Report on lock hospitals in British Burma
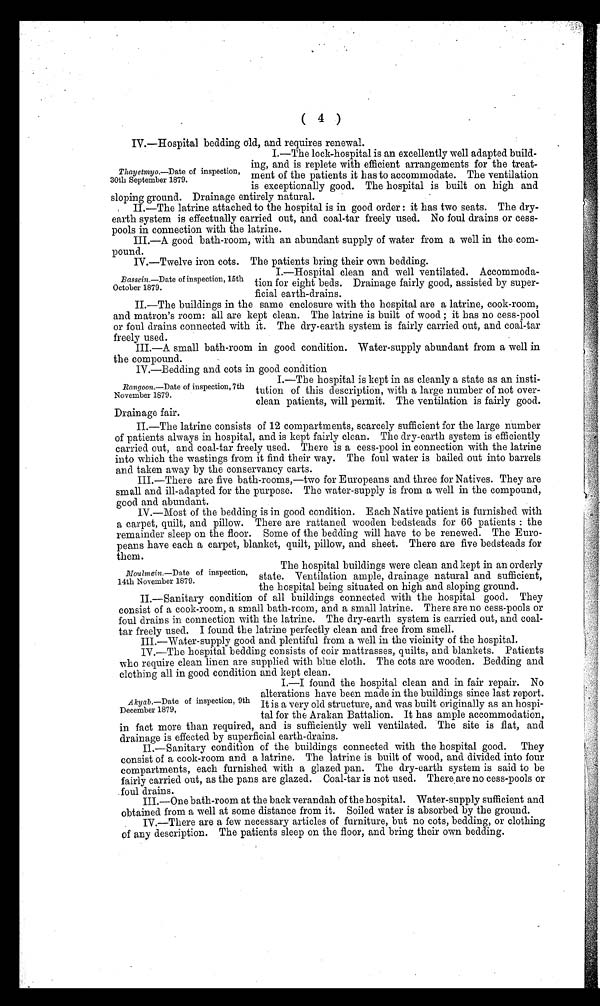
Rangoon.—Date of inspection, 7th
November 1879.
Drainage fair.
( 4 )
IV.—Hospital bedding old, and requires renewal.
I.—The lock-hospital is an excellently well adapted build-
ing, and is replete with efficient arrangements for the treat
ment of the patients it has to accommodate. The ventilation
is exceptionally good. The hospital is built on high and
sloping ground. Drainage entirely natural.
II.—The latrine attached to the hospital is in good order : it has two seats. The dry-
earth system is effectually carried out, and coal-tar freely used. No foul drains or cess
pools in connection with the latrine.
III.—A good bath-room, with an abundant supply of water from a well in the com
pound.
IV.—Twelve iron cots. The patients bring their own bedding.
I.—Hospital clean and well ventilated. Accommoda
tion for eight beds. Drainage fairly good, assisted by super
ficial earth-drains.
II.—The buildings in the same enclosure with the hospital are a latrine, cook-room,
and matron's room: all are kept clean. The latrine is built of wood ; it has no cess-pool
or foul drains connected with it. The dry-earth system is fairly carried out, and coal-tar
freely used.
III.—A small bath-room in good condition. Water-supply abundant from a well in
the compound.
IV.—Bedding and cots in good condition
I.—The hospital is kept in as cleanly a state as an insti
tution of this description, with a large number of not over-
clean patients, will permit. The ventilation is fairly good.
II—The latrine consists of 12 compartments, scarcely sufficient for the large number
of patients always in hospital, and is kept fairly clean. The dry-earth system is efficiently
carried out, and coal-tar freely used. There is a cess-pool in connection with the latrine
into which the wastings from it find their way. The foul water is bailed out into barrels
and taken away by the conservancy carts.
III.—There are five bath-rooms,—two for Europeans and three for Natives. They are
small and ill-adapted for the purpose. The water-supply is from a well in the compound,
good and abundant.
IV.—Most of the bedding is in good condition. Each Native patient is furnished will:
a carpet, quilt, and pillow. There are rattaned wooden bedsteads for 66 patients : the
remainder sleep on the floor. Some of the bedding will have to be renewed. The Euro
peans have each a carpet, blanket, quilt, pillow, and sheet. There are five bedsteads for
them.
The hospital buildings were clean and kept in an orderly
state. Ventilation ample, drainage natural and sufficient,
the hospital being situated on high and sloping ground.
II.—Sanitary condition of all buildings connected with the hospital good. They
consist of a cook-room, a small bath-room, and a small latrine. There are no cess-pools or
foul drains in connection with the latrine. The dry-earth system is carried out, and coal-
tar freely used. I found the latrine perfectly clean and free from smell.
III.—Water-supply good and plentiful from a well in the vicinity of the hospital.
IV.—The hospital bedding consists of coir mattrasses, quilts, and blankets. Patients
who require clean linen are supplied with blue cloth. The cots are wooden. Bedding and
clothin g all in good condition and kept clean.
I.—I found the hospital clean and in fair repair. No
alterations have been made in the buildings since last report.
It is a very old structure, and was built originally as an hospi
tal for the Arakan Battalion. It has ample accommodation,
in fact more than required, and is sufficiently well ventilated. The site is flat, and
drainage is effected by superficial earth-drains.
II—Sanitary condition of the buildings connected with the hospital good. They
consist of a cook-room and a latrine. The latrine is built of wood, and divided into four
compartments, each furnished with a glazed pan. The dry-earth system is said to be
fairly carried out, as the pans are glazed. Coal-tar is not used. There are no cess-pools or
.foul drains.
III.—One bath-room at the back verandah of the hospital. Water-supply sufficient and
obtained from a well at some distance from it. Soiled water is absorbed by the ground.
IV.—There are a few necessary articles of furniture, but no cots, bedding, or clothing
of any description. The patients sleep on the floor, and bring their own bedding.
Thayetmyo.—Date of inspection,
30th September 1879.
Bassein.—Date of inspection, 15th
October 1879.
Moulmein.—Date of inspection,
14th November 1879.
Akyab.—Date of inspection, 9th
December 1879,